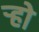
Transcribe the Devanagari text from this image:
ऱ्हो